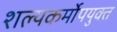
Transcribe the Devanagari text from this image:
शल्यकर्मोपयुक्त